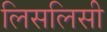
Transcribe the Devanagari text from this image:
लिसलिसी